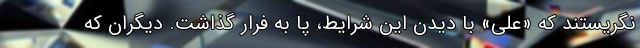
نگریستند که «علی» با دیدن این شرایط، پا به فرار گذاشت. دیگران که